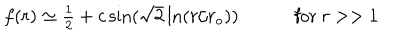
LaTeX: \begin{array} { c c } { { f ( r ) \simeq \textstyle { \frac { 1 } { 2 } } + c \sin ( \sqrt { 2 } \ln ( r / r _ { \mathrm { { o } } } ) ) ~ } } & { { ~ \mathrm { f o r } ~ r > > 1 } } \\ \end{array}